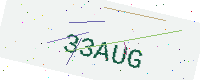
Text: 33AUG